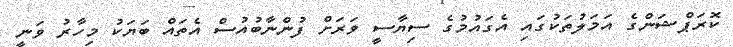
ކޮރަޕްޝަންގެ އަމަލުތަކުގައި އެގައުމުގެ ސިޔާސީ ވަރަށް ފުންނާބުއުސް އެތައް ބަޔަކު މިހާރު ވަނީ